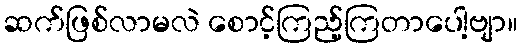
ဆက်ဖြစ်လာမလဲ စောင့်ကြည့်ကြတာပေါ့ဗျာ။